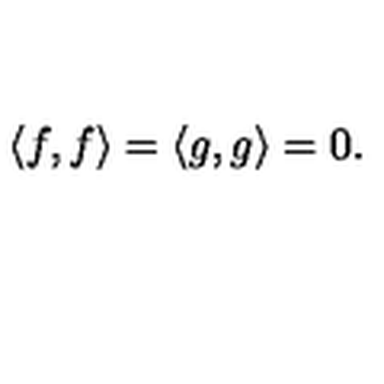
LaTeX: \langle f , f \rangle = \langle g , g \rangle = 0 .